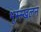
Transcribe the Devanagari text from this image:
भूस्स्खलन